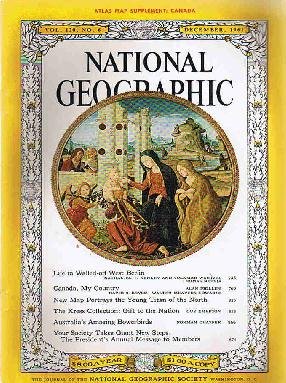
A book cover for National Geographic: December 1961 (Vol. 120); meremart; Crafts, Hobbies & Home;